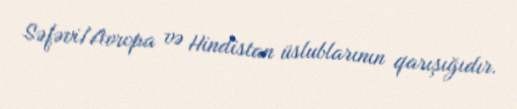
Səfəvi/Avropa və Hindistan üslublarının qarışığıdır.